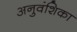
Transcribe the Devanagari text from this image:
अनुवंशिका